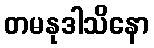
တမနုဒါသိနော